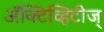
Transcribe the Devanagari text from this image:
अॅक्टिव्हिटीज्